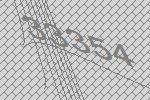
33354